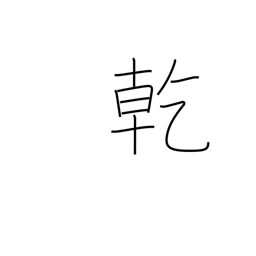
Meaning: drink up